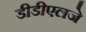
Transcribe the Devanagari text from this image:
डीडीएलजे